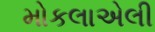
મોકલાએલી